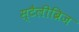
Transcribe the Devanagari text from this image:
स्टैलीब्रिज